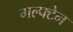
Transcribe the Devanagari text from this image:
गल्फ्टेन